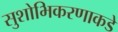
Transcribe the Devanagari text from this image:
सुशोभिकरणाकडे